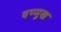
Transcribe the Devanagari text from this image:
षण्मुख